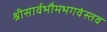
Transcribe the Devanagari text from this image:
श्रीसार्वभौमभगवंस्तव